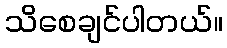
သိစေချင်ပါတယ်။